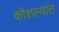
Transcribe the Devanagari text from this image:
कौशल्यांत